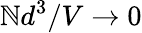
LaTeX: \mathbb{N}d^{3}/V\to0